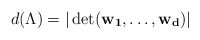
\begin{align*}d(\Lambda) = | \det (\mathbf{w_1}, \dots, \mathbf{w_d}) |\end{align*}